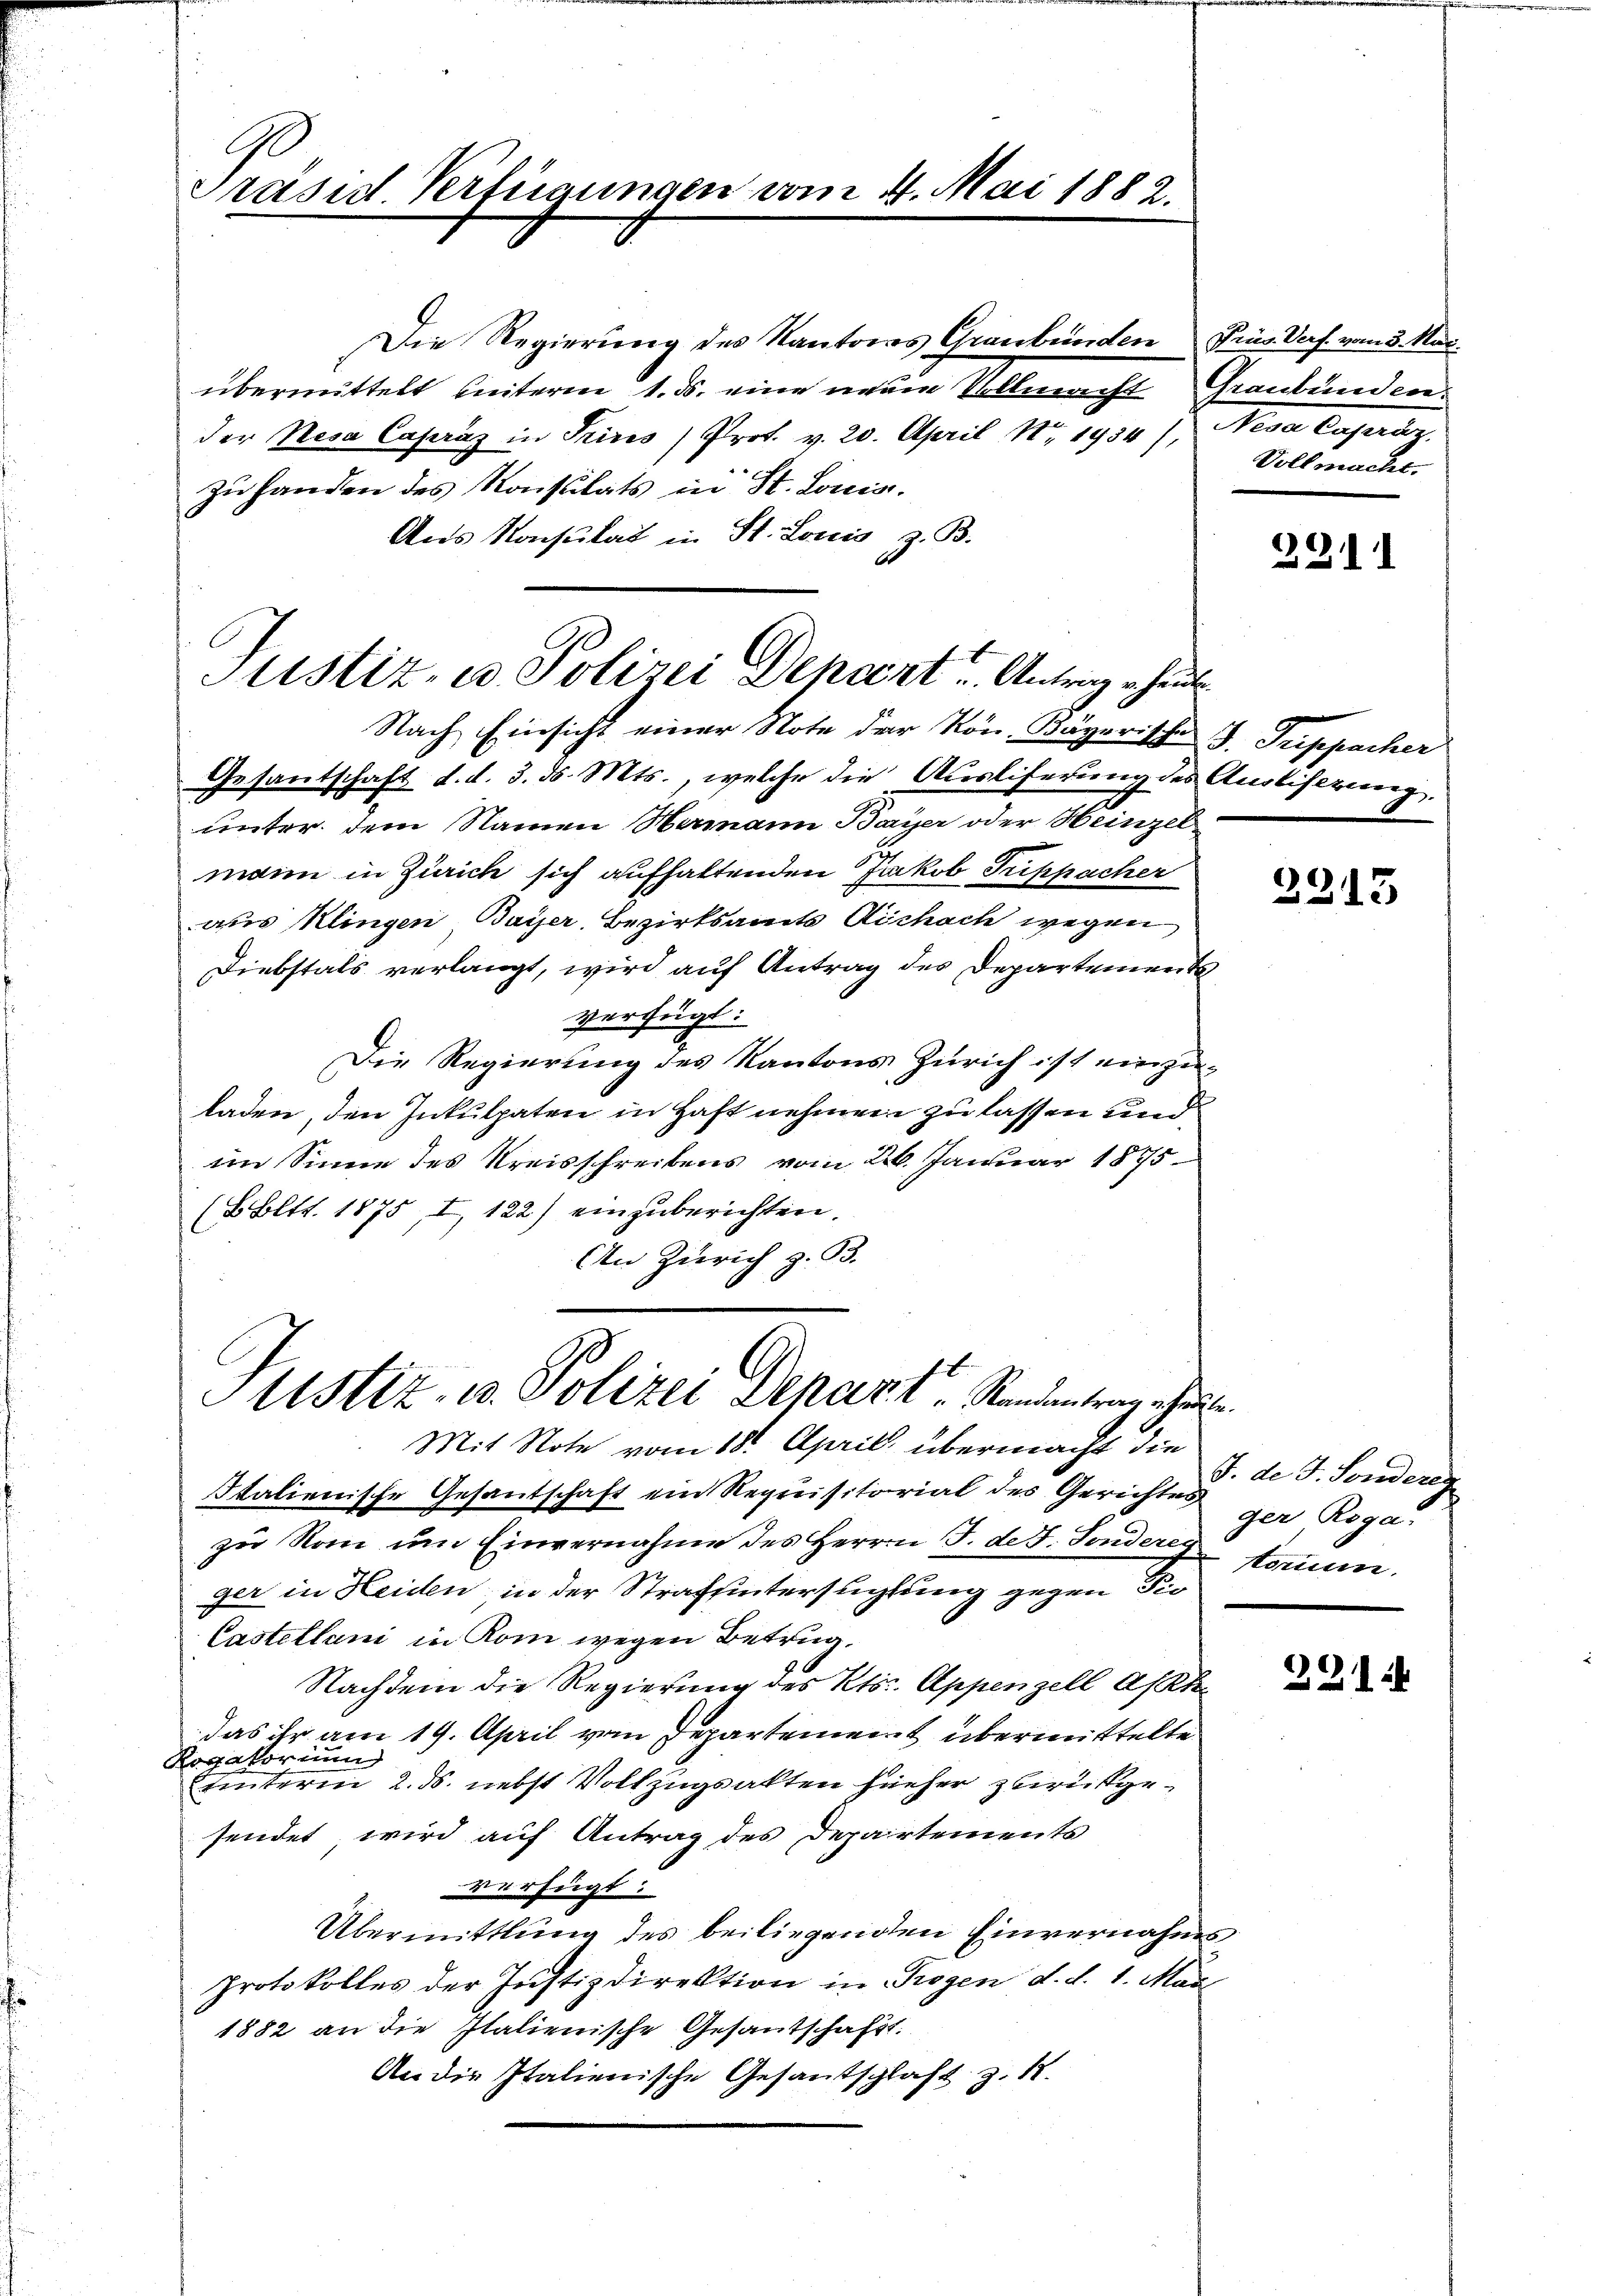
Präsid Verfügungen vom 4. Mai 1882.

Die Regierung des Kantons Graubünden
übermittelt beiteren 1. ds. eine neue Vollmacht
der Resa Capraz in Prires Prof. v. 20. April Nr. 1934), Nesa Capráz,
zu handen des Konsulats in St. Louis.
Aus Konsulat in St. Louis, z. B.
Gesantschaft d. d. 3. d. Mts., welche die Ausliserung de
unter dem Namen Humann Bayer oder Heinzer
min in Zürich sich aufhaltenden Jakob Trippacher
aus Klingen Baiser Bezirksamts Aichach wegen
Diebstals verlangt, wird auf Antrag des Departemen
verfügt:
Die Regierung des Kantons Zürich ist einze
laden, den Inkulpaten in Haft nehmen zu lassen und
im Sinne des Kreisschreibens vom 26. Januar 1875
(BEltt. 1875, I, 122) einzuberichten.
(In Zürich z. 33.
Histiz- u. Polizei Depart. Standentrag ehe
Mit Note vom 18. April übermacht die
Italienische Gesantschaft ein Requisitorial des Gerichte
zu Non um Einvernahme des Herrn J. de J. Sondere
ger in Heiden, in der Strafuntersuchtung gegen der
Castellani in Rom wegen Betrug.
Nachdem die Regierung des Kts. Appenzell A/R
das ihr am 19. April vom Departement übermittelte
Rogatorium
uinterm 2. ds. nebst Vollzugsakten hieher zurückgesendet, wird auf Antrag des Departements
verfügt:
Übermittlung des beiliegenden Einvernahm
Protokolles der Justizdirektion in Trogen d. d. 1. Ma
1882 an die Italienische Gesandschaft.
An die Italienische Gesandtschlaft z. 18.

Justiz- u. Polizei Depart Antrag ehin
Nach Einsicht einer Note der Kön. Bayerische

Prüs Verf. vom 3. Mai.
Graubünden.
Vollmacht.

2211

¬
I. Treppacher
 Anlihltung.
f

2213

.
J. de J. Sondereg
ger Roga
kon.

301